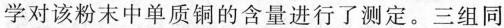
学对该粉末中单质铜的含量进行了测定。三组同